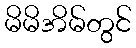
မိမိအိမ်တွင်